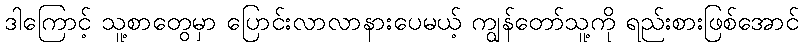
ဒါကြောင့် သူ့စာတွေမှာ ပြောင်းလာလာနားပေမယ့် ကျွန်တော်သူ့ကို ရည်းစားဖြစ်အောင်